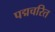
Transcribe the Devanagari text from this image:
पद्मचरित